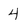
Character: 4